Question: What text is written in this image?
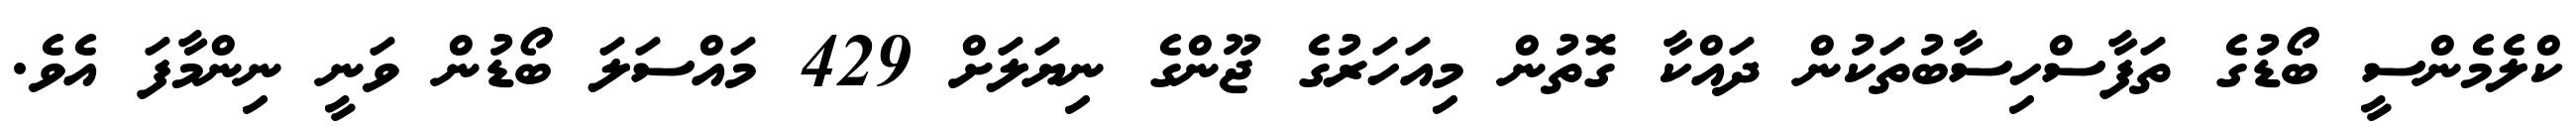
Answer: ކްލެމެންސީ ބޯޑުގެ ތަފާސްހިސާބުތަކުން ދައްކާ ގޮތުން މިއަހަރުގެ ޖޫންގެ ނިޔަލަށް 429 މައްސަލަ ބޯޑުން ވަނީ ނިންމާފަ އެވެ.